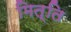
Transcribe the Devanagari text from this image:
मित्ति